system: You are a helpful assistant.
user:
Analyze the provided spectrum to determine if it is a **M-type Giant (gM)**.

A M-type Giant spectrum is defined by its **strong molecular absorption** features, particularly from **Titanium Oxide (TiO)**. You must check for one of the following mutually exclusive signatures:

- **Key Visual Indicators (Absorption-Dominated Spectrum):**

    - **(Primary):** The spectrum is dominated by strong molecular absorption from **Titanium Oxide (TiO)**. This is the **defining feature** of its M-type temperature class.
        - **(Key Bandheads):** Look for sharp, "saw-tooth" absorption valleys. The strongest are located near **~7050 Å**, **~6160 Å**, and **~5170 Å**.
        - **(Line Profile):** The "saw-tooth" morphology is critical: a **sharp, steep drop on the BLUE (short-wavelength) side** of the bandhead, followed by a gradual recovery (rising flux) towards the RED (long-wavelength) side.

    - **(Key Confirmation - Giant vs. Dwarf):** **ABSENCE** of strong **Calcium Hydride (CaH)** molecular bands. This is the primary diagnostic for *excluding* M-dwarfs.
        - **(Key Region):** The spectrum should lack the strong, broad absorption band seen in dwarfs between **~6800 Å and ~7000 Å**.

    - **(Secondary Confirmation - Giant):** A very strong and broad **Neutral Calcium (Ca I)** atomic absorption line.
        - **(Key Line):** Located at **~4226 Å**. In a giant (gM), this line is significantly deeper and broader than the same line in an M-dwarf (dM) due to low surface gravity.

    - **(Overall Spectrum):**
        - The continuum is **extremely red-sloping** (i.e., flux is very low in the blue and rises dramatically towards the red).
        - The entire spectrum appears "chopped up" by the deep TiO bands.

Think first, call **spectral_visualization_tool** if needed to examine features in detail, then provide your final answer. Your response must adhere to the following strict rules:
1.  **Overall Structure:** Your response must follow the format `<think>...</think> <tool_call>...</tool_call> (if a tool is used) <answer>...</answer>`.
2.  **Tool Usage Constraint:** You may only make **one** tool call per turn.
3.  **Final Answer Format:** In the `<answer>` tag, your conclusion must be inside a `\boxed{}` command (e.g., `\boxed{YES}` or `\boxed{NO}`), followed by your justification.

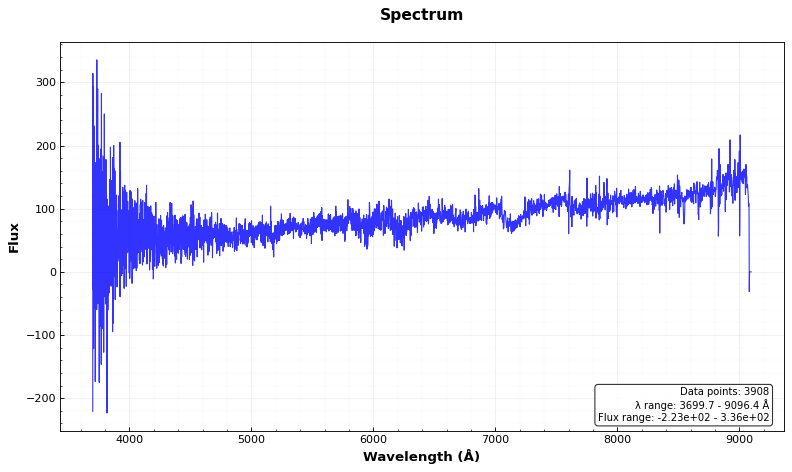
Answer: YES